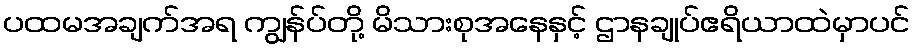
ပထမအချက်အရ ကျွန်ပ်တို့ မိသားစုအနေနှင့် ဌာနချုပ်ဧရိယာထဲမှာပင်